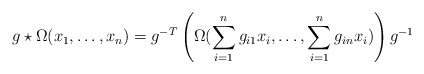
\begin{align*} g \star \Omega(x_1,\ldots,x_{n}) = g^{-T}\left( \Omega(\sum^{n}_{i=1} g_{i1} x_i,\ldots,\sum^{n}_{i=1} g_{in} x_i) \right) g^{-1} \end{align*}